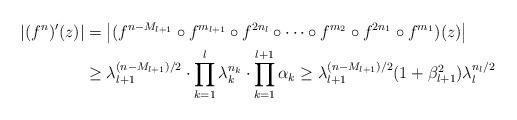
LaTeX: \begin{align*}\begin{aligned}\left|(f^n)'(z)\right|&=\left|(f^{n-M_{l+1}}\circ f^{m_{l+1}}\circ f^{2n_{l}}\circ \dots \circ f^{m_2}\circ f^{2n_{1}}\circ f^{m_{1}})(z)\right|\\ &\geq \lambda_{l+1}^{(n-M_{l+1})/2} \cdot \prod_{k=1}^{l} \lambda_k^{n_k}\cdot \prod_{k=1}^{l+1} \alpha_k\geq \lambda_{l+1}^{(n-M_{l+1})/2}(1+\beta_{l+1}^2) \lambda_l^{n_l/2}\end{aligned}\end{align*}